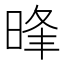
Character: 𣇔